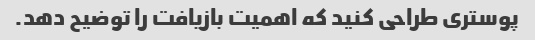
پوستری طراحی کنید که اهمیت بازیافت را توضیح دهد.